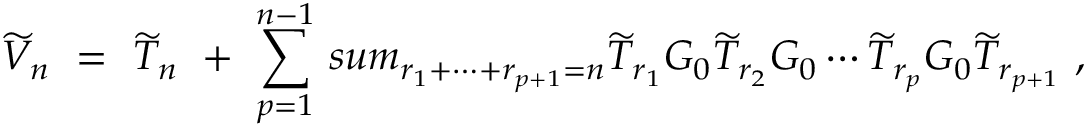
\widetilde V _ { n } \ = \ \widetilde T _ { n } \ + \ \sum _ { p = 1 } ^ { n - 1 } \, s u m _ { r _ { 1 } + \cdots + r _ { p + 1 } = n } \widetilde T _ { r _ { 1 } } G _ { 0 } \widetilde T _ { r _ { 2 } } G _ { 0 } \cdots \widetilde T _ { r _ { p } } G _ { 0 } \widetilde T _ { r _ { p + 1 } } \ ,